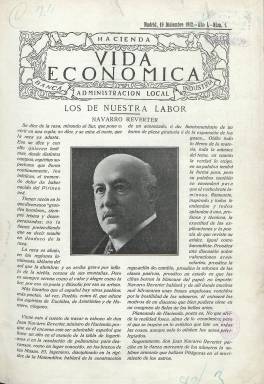
Título: Vida económica (Madrid)
Colección: Economía
Ámbito geográfico: Madrid
Lugar de publicación: Madrid
Fechas: 19/12/1912-30/08/1936

Revista de periodicidad semanal dedicada a la información económica y financiera, la relacionada con las diferentes administraciones públicas y la de las empresas. Se distingue por su longevidad en una materia tan árida, dado que inició su andadura en 1912 y no cesó hasta 1936 con el inicio de la Guerra Civil.

   En su primer número, en el que hace un encendido elogio del a la sazón ministro de Hacienda, Navarro Reverter, lo que deja ya entrever su tendencia progubernamental, da a conocer cuál será su línea de actuación:  ‘La industria en sus diversas formas, los problemas del campo, el Comercio, la Banca, la Navegación, la Administración local han de tener en VIDA ECONÓMICA un campeón decidido que ha de felicitarse cada vez que registre un movimiento de avance y más calurosamente si el movimiento trae aires de la tierra, aires de españolización’.

   No oculta que se dedicará a mejorar las condiciones laborales de los funcionarios públicos, algo lógico teniendo en cuenta que colaboraban con la publicación funcionarios como el encargado de la sección de Administración local. El semanario no incluye en su portada quién era su propietario y director, como era habitual en las publicaciones periódicas, lo que induce a pensar que era un medio realizado desde los aledaños del Gobierno.

   Con 16 páginas a dos columnas, la revista contaba con algunas secciones fijas como la citada, una dedicada a informar sobre las grandes empresas españolas, otra de noticias financieras, agrícolas y comerciales de la semana y otra dedicada a la información de Bolsa, española y extranjera.

  La sección de portada, con el título ‘Los de nuestra labor’, incluía la foto de una figura pública relacionada con Hacienda u otra área del Gobierno, y en el segundo número estuvo dedicada a José Echegaray, de quien se dice: ‘Ese poeta es el economista que sigue influyendo en el desarrollo de la vida nacional como ninguno, desde que firmó la ley de creación del Banco de España’.

   Echegaray fue una ‘rara avis’ española. Premio Nobel de literatura, primer español que lo consiguió, fue ingeniero, gran matemático y ministro de Hacienda y Fomento.

Con el tiempo el semanario acabó ampliando su información a las operaciones económicas de España con el exterior y a incluir información extranjera, además de noticias políticas. También comenzó a aparecer en la portada a partir de 1916 el nombre del director-gerente, Juan Antonio Galvarriato, autor de varios libros sobre la historia del Banco de España. Colaborador del semanario era también el catedrático Adolfo Bonilla y San Martín, jurista, filólogo, filósofo y miembro de varias academias. Fue uno de los más prestigiosos discípulos de Marcelino Menéndez Pelayo.

  Tras el estallido de la Guerra Civil aparecieron dos números más de Vida Económica, los últimos de la publicación, en los que se informaba de una rebaja en los alquileres y moratoria para abonar rentas retrasadas y de la suspensión de las operaciones mercantiles.

[Descripción publicada el 04/09/2020]